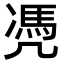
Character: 凴